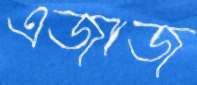
এজাজ